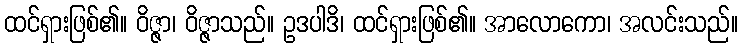
ထင်ရှားဖြစ်၏။ ဝိဇ္ဇာ၊ ဝိဇ္ဇာသည်။ ဥဒပါဒိ၊ ထင်ရှားဖြစ်၏။ အာလောကော၊ အလင်းသည်။